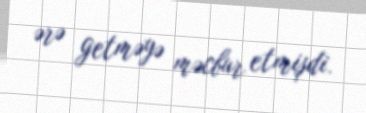
ərə getməyə məcbur etmişdi.